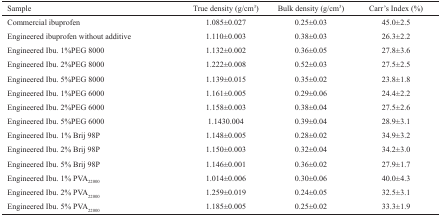
| Sample | True density (g/cm3) | Bulk density (g/cm3) | Carr's Index (%) |
 | --- | --- | --- | --- |
 | Commercial ibuprofen | 1.085±0.027 | 0.25±0.03 | 45.0±2.5 |
 | Engineered ibuprofen without additive | 1.110±0.003 | 0.38±0.03 | 26.3±2.2 |
 | Engineered Ibu. 1%PEG 8000 | 1.132±0.002 | 0.36±0.05 | 27.8±3.6 |
 | Engineered Ibu. 2%PEG 8000 | 1.222±0.008 | 0.52±0.03 | 27.5±2.5 |
 | Engineered Ibu. 5%PEG 8000 | 1.139±0.015 | 0.35±0.02 | 23.8±1.8 |
 | Engineered Ibu. 1%PEG 6000 | 1.161±0.005 | 0.29±0.06 | 24.4±2.2 |
 | Engineered Ibu. 2%PEG 6000 | 1.158±0.003 | 0.38±0.04 | 27.5±2.6 |
 | Engineered Ibu. 5%PEG 6000 | 1.1430.004 | 0.39±0.04 | 28.9±3.1 |
 | Engineered Ibu. 1% Brij 98P | 1.148±0.005 | 0.28±0.02 | 34.9±3.2 |
 | Engineered Ibu. 2% Brij 98P | 1.150±0.003 | 0.32±0.04 | 34.2±3.0 |
 | Engineered Ibu. 5% Brij 98P | 1.146±0.001 | 0.36±0.02 | 27.9±1.7 |
 | Engineered Ibu. 1% PVA22000 | 1.014±0.006 | 0.30±0.06 | 40.0±4.3 |
 | Engineered Ibu. 2% PVA22000 | 1.259±0.019 | 0.24±0.05 | 32.5±3.1 |
 | Engineered Ibu. 5% PVA22000 | 1.185±0.005 | 0.25±0.02 | 33.3±1.9 |